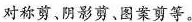
对称剪、阴影剪、图案剪等。